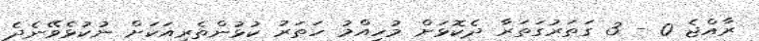
ރާއްޖެ 0 - 3 ގަތަރުގަތަރާ ދެކޮޅަށް މުހިއްމު ހަތަރު ކުޅުންތެރިއަކަށް ނުކުޅެވޭނެދެ